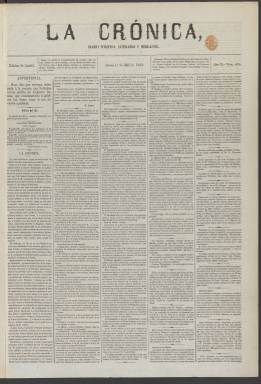
Título: La Crónica (Madrid. 1857)
Colección: Periódicos
Ámbito geográfico: Madrid
Lugar de publicación: Madrid
Fechas: 01/07/1858-31/12/1858